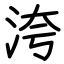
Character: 洿